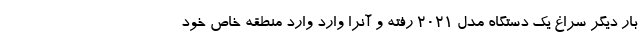
بار دیگر سراغ یک دستگاه مدل 2021 رفته و آنرا وارد وارد منطقه خاص خود